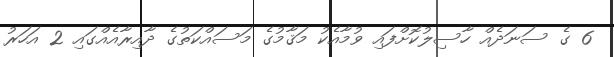
6 ގެ ސަނަދެއް ހާސިލުކޮށްފައި ވުމާއެކު މަޤާމުގެ މަސައްކަތުގެ ދާއިރާއެއްގައި 2 އަހަރު